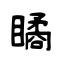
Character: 瞲